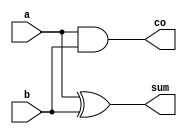

//Half Adder in data-flow and structural modeling Code your design here

// `define DF
`define STRUCTURAL
module ha_df_struc(a,b,sum,co);

input a,b;
output sum,co;

`ifdef DF
assign sum=a^b,
co=a&b;
`endif

`ifdef STRUCTURAL

xor(sum,a,b);
and(co,a,b);

`endif

endmodule